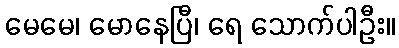
မေမေ၊ မောနေပြီ၊ ရေ သောက်ပါဦး။